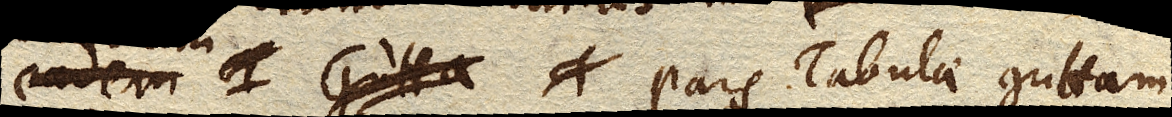
si eadem gutta pars Tabulae guttam